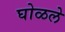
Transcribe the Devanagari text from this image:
घोळले